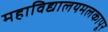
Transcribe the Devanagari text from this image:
महाविद्यालयमलकापूर